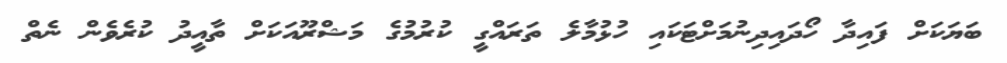
ބަޔަކަށް ފައިދާ ހޯދައިދިނުމަށްޓަކައި ހުޅުމާލެ ތަރައްގީ ކުރުމުގެ މަޝްރޫއަކަށް ތާއީދު ކުރެވެން ނެތް